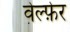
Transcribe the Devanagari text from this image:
वेल्फ़ेर